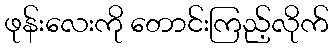
ဖုန်းလေးကို တောင်းကြည့်လိုက်